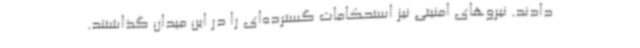
دادند. نیروهای امنیتی نیز استحکامات گسترده‌ای را در این میدان گذاشتند.